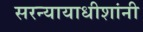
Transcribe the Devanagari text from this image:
सरन्यायाधीशांनी